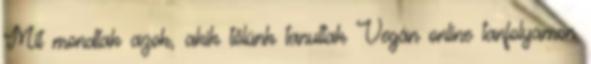
Mit mondtak azok, akik tőlünk tanultak Vegán online tanfolyamon